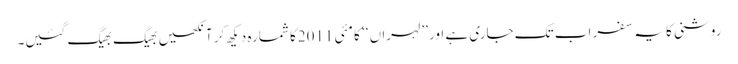
روشنی کا یہ سفر اب تک جاری ہے اور ’’لہراں ‘‘ کا مئی 2011کا شمارہ دیکھ کر آنکھیں بھیگ بھیگ گئیں۔